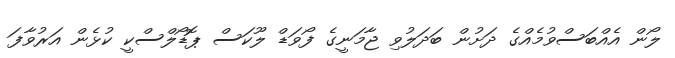
ލޯން އެއްބަސްވުމެއްގެ ދަށުން ބަދަލުވި ޖާމަނީގެ ފޯވަޑް ލޫކަސް ޕޮޑޯލްސްކީ ކުޅެން އަރުވާފަ